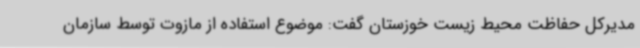
مدیرکل حفاظت محیط زیست خوزستان گفت: موضوع استفاده از مازوت توسط سازمان